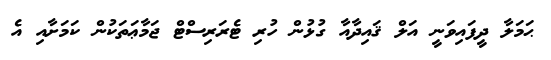
ޙަމަލާ ދީފައިވަނީ އަލް ޤައިދާއާ ގުޅުން ހުރި ޓެރަރިސްޓް ޖަމާޢަތަކުން ކަމަށާއި އެ